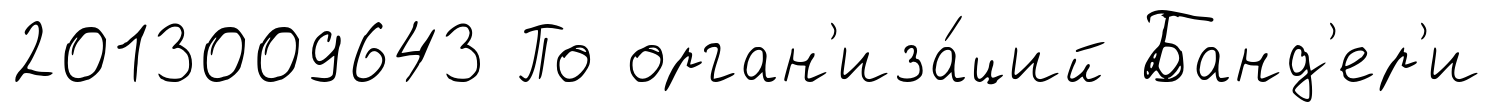
2013009643 По орган'иза́ций Банд'ер'и